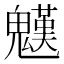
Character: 𩴓